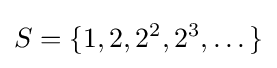
S=\{1,2,2^{2},2^{3},\dots \}